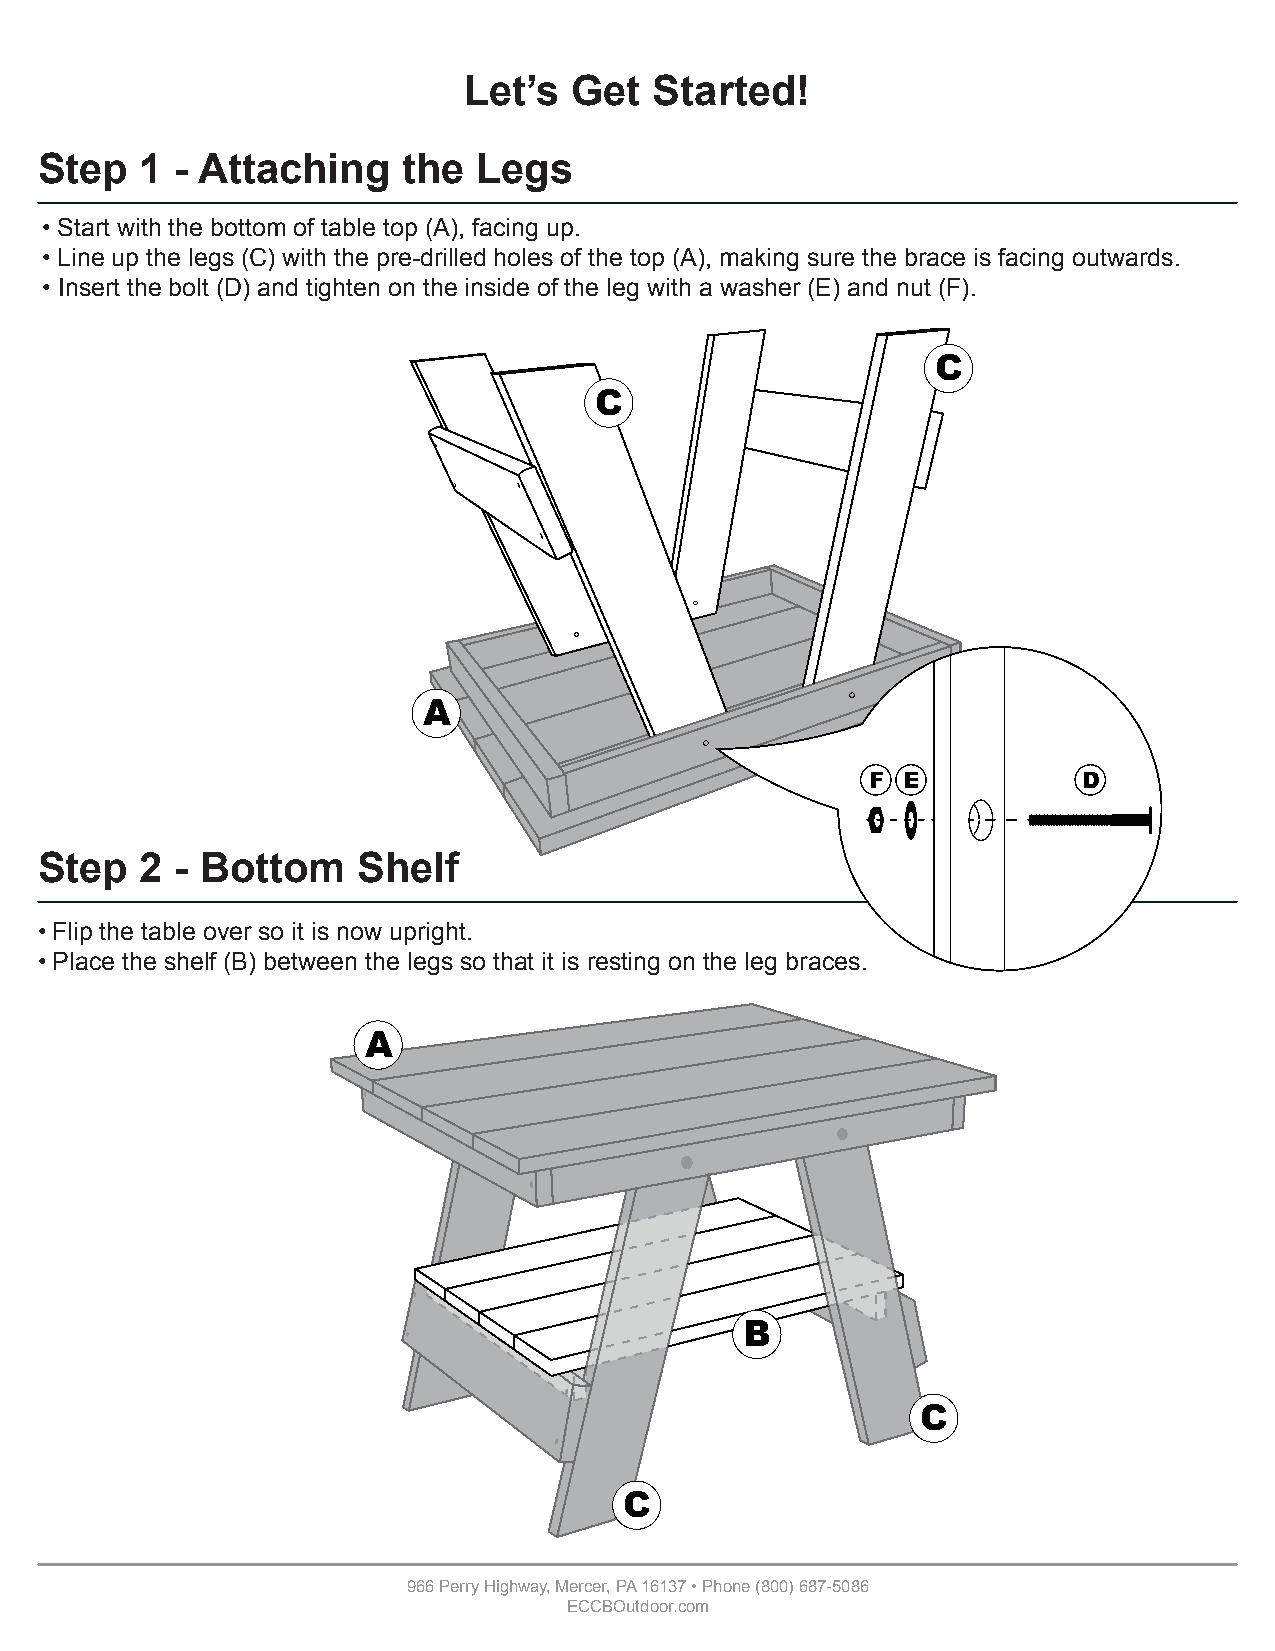
Let’s  Get  Started!
 Step   1  - Attaching    the  Legs
 • Start with the bottom of table top (A), facing up.
 • Line up the legs (C) with the pre-drilled holes of the top (A), making sure the brace is facing outwards.
 • Insert the bolt (D) and tighten on the inside of the leg with a washer (E) and nut (F).
 C
 C
 A
 F E           D
 Step   2  - Bottom    Shelf
 • Flip the table over so it is now upright.
 • Place the shelf (B) between the legs so that it is resting on the leg braces.
 A
 B
 C
 C
 966 Perry Highway, Mercer, PA 16137 • Phone (800) 687-5086
 ECCBOutdoor.com